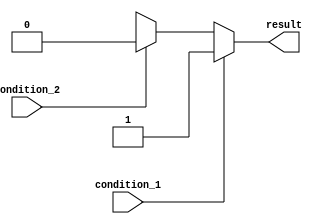
module if_else_ladder_block(
    input wire condition_1,
    input wire condition_2,
    output reg result
);

// Sequential If-else ladder statement
always @(*)
begin
    if(condition_1)
    begin
        result <= 1'b1;
    end
    else if(condition_2)
    begin
        result <= 1'b0;
    end
    else
    begin
        result <= 1'bX; // Placeholder value for when none of the conditions are met
    end
end

endmodule